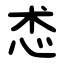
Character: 怸